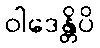
ဝါဒေန္တိပိ